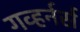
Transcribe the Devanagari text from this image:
गव्हर्नर्स